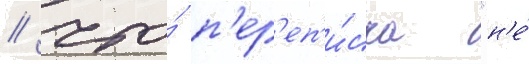
/ что́ п'ер'еп'и́ска "н'е́